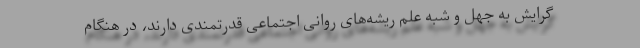
گرایش به جهل و شبه علم ریشه‌های روانی اجتماعی قدرتمندی دارند، در هنگام